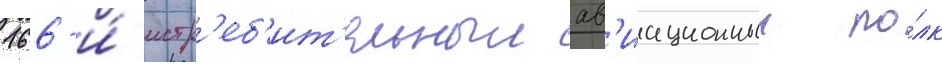
166-и́ истр'еб'ит'ельныи ав'иационныи по́лк